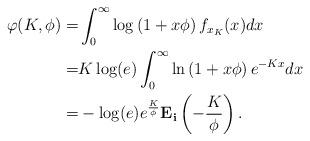
LaTeX: \begin{align*}\varphi(K,\phi) =& \int^{\infty}_{0}\log \left(1+x\phi \right) f_{x_K}(x)dx \\ =& K \log(e) \int^{\infty}_{0}\ln \left(1+x\phi \right) e^{-Kx}dx\\ =& - \log(e) e^{\frac{K}{\phi}}\mathbf{E_i}\left(-\frac{K}{\phi}\right).\end{align*}